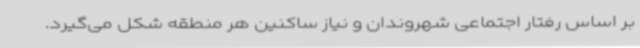
بر اساس رفتار اجتماعی شهروندان و نیاز ساکنین هر منطقه شکل می‌گیرد.